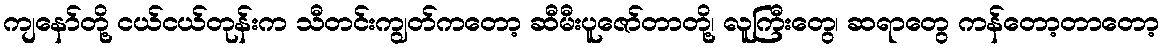
ကျနော်တို့ ငယ်ငယ်တုန်းက သီတင်းကျွတ်ကတော့ ဆီမီးပူဇော်တာတို့၊ လူကြီးတွေ၊ ဆရာတွေ ကန်တော့တာတော့